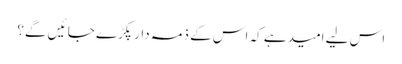
اس لیے امید ہے کہ اس کے ذمہ دار پکڑے جا ئیں گے؟